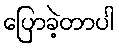
ပြောခဲ့တာပါ